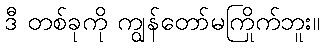
ဒီ တစ်ခုကို ကျွန်တော်မကြိုက်ဘူး။